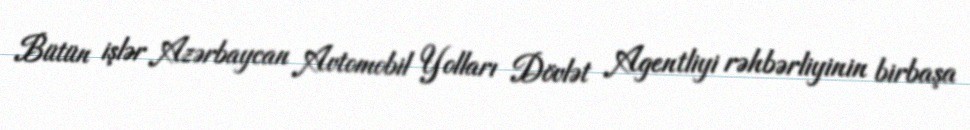
Bütün işlər Azərbaycan Avtomobil Yolları Dövlət Agentliyi rəhbərliyinin birbaşa